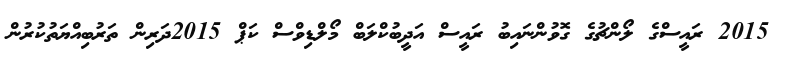
2015 ރައީސްގެ ލޯންޗުގެ ގޮވުންނައިބު ރައީސް އަދީބުކްލަބް މޯލްޑިވްސް ކަޕް 2015ދަރިން ތަރުބިއްޔަތުކުރުން